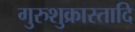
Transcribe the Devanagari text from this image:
गुरुशुक्रास्तादि